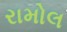
રામોલ